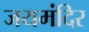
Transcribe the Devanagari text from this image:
जयमंदिर